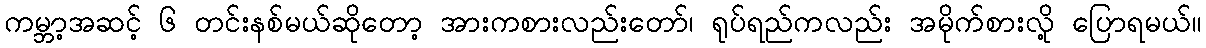
ကမ္ဘာ့အဆင့် ၆ တင်းနစ်မယ်ဆိုတော့ အားကစားလည်းတော်၊ ရုပ်ရည်ကလည်း အမိုက်စားလို့ ပြောရမယ်။